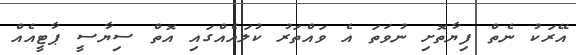
އޭރަކު ނެތް ފިޔާތޮށި ނުވަތަ އެ ވައްތަރު ކުލައެއްގައި އޮތް ސިޔާސީ ޕާޓީއެއް